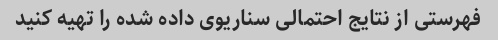
فهرستی از نتایج احتمالی سناریوی داده شده را تهیه کنید